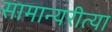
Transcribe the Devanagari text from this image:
सामान्यरीत्या